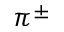
\pi ^ { \pm }